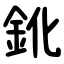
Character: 鈋